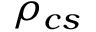
\rho _ { c s }